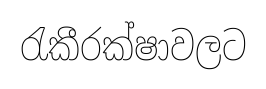
රැකීරක්ෂාවලට